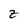
Character: Z